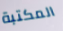
المكتبة